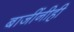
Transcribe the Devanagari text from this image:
बाजींनीही